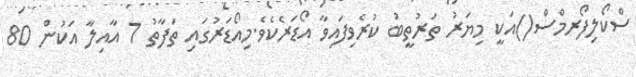
ސްކޯލިފޯރމްސް()އަކީ މިޔަރު ތަރުތީބު ކުރެވިފައިވާ އޯޑަރެކެވެ.މިއޯޑަރުގައި ތަފާތު 7 އާއިލާ އަކުން 80